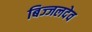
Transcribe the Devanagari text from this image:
बिज्जलदेव